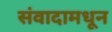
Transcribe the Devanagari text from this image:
संवादामधून